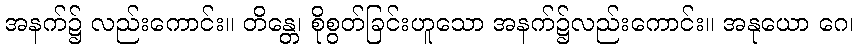
အနက်၌ လည်းကောင်း။ တိန္တေ၊ စိုစွတ်ခြင်းဟူသော အနက်၌လည်းကောင်း။ အနုယော ဂေ၊